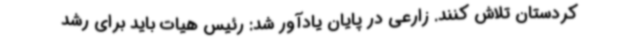
کردستان تلاش کنند. زارعی در پایان یادآور شد: رئیس هیات باید برای رشد